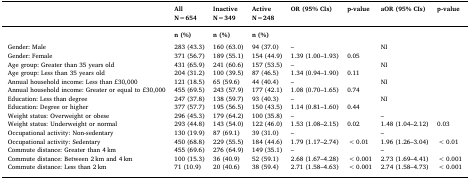
<table><thead><tr><td></td><td><b>All</b></td><td><b>Inactive</b></td><td><b>Active</b></td><td><b>OR (95% CIs)</b></td><td><b>p-value</b></td><td><b>aOR (95% CIs)</b></td><td><b>p-value</b></td></tr><tr><td></td><td><b>N=654</b></td><td><b>N=349</b></td><td><b>N=248</b></td><td></td><td></td><td></td><td></td></tr></thead><tbody><tr><td></td><td><b>n (%)</b></td><td><b>n (%)</b></td><td><b>n (%)</b></td><td></td><td></td><td></td><td></td></tr><tr><td>  </td><td>  </td><td>  </td><td>  </td><td>  </td><td>  </td><td>  </td><td>  </td></tr><tr><td>Gender: Male</td><td>283 (43.3)</td><td>160 (63.0)</td><td>94 (37.0)</td><td>–</td><td></td><td>NI</td><td></td></tr><tr><td>Gender: Female</td><td>371 (56.7)</td><td>189 (55.1)</td><td>154 (44.9)</td><td>1.39 (1.00–1.93)</td><td>0.05</td><td></td><td></td></tr><tr><td>Age group: Greater than 35 years old</td><td>431 (65.9)</td><td>241 (60.6)</td><td>157 (53.5)</td><td>–</td><td></td><td>NI</td><td></td></tr><tr><td>Age group: Less than 35 years old</td><td>204 (31.2)</td><td>100 (39.5)</td><td>87 (46.5)</td><td>1.34 (0.94–1.90)</td><td>0.11</td><td></td><td></td></tr><tr><td>Annual household income: Less than £30,000</td><td>121 (18.5)</td><td>65 (59.6)</td><td>44 (40.4)</td><td>–</td><td></td><td>NI</td><td></td></tr><tr><td>Annual household income: Greater or equal to £30,000</td><td>455 (69.5)</td><td>243 (57.9)</td><td>177 (42.1)</td><td>1.08 (0.70–1.65)</td><td>0.74</td><td></td><td></td></tr><tr><td>Education: Less than degree</td><td>247 (37.8)</td><td>138 (59.7)</td><td>93 (40.3)</td><td>–</td><td></td><td>NI</td><td></td></tr><tr><td>Education: Degree or higher</td><td>377 (57.7)</td><td>195 (56.5)</td><td>150 (43.5)</td><td>1.14 (0.81–1.60)</td><td>0.44</td><td></td><td></td></tr><tr><td>Weight status: Overweight or obese</td><td>296 (45.3)</td><td>179 (64.2)</td><td>100 (35.8)</td><td>–</td><td></td><td>–</td><td></td></tr><tr><td>Weight status: Underweight or normal</td><td>293 (44.8)</td><td>143 (54.0)</td><td>122 (46.0)</td><td>1.53 (1.08–2.15)</td><td>0.02</td><td>1.48 (1.04–2.12)</td><td>0.03</td></tr><tr><td>Occupational activity: Non-sedentary</td><td>130 (19.9)</td><td>87 (69.1)</td><td>39 (31.0)</td><td>–</td><td></td><td>–</td><td></td></tr><tr><td>Occupational activity: Sedentary</td><td>450 (68.8)</td><td>229 (55.5)</td><td>184 (44.6)</td><td>1.79 (1.17–2.74)</td><td>&lt;0.01</td><td>1.96 (1.26–3.04)</td><td>&lt;0.01</td></tr><tr><td>Commute distance: Greater than 4 km</td><td>455 (69.6)</td><td>276 (64.9)</td><td>149 (35.1)</td><td>–</td><td></td><td>–</td><td></td></tr><tr><td>Commute distance: Between 2 km and 4 km</td><td>100 (15.3)</td><td>36 (40.9)</td><td>52 (59.1)</td><td>2.68 (1.67–4.28)</td><td>&lt;0.001</td><td>2.73 (1.69–4.41)</td><td>&lt;0.001</td></tr><tr><td>Commute distance: Less than 2 km</td><td>71 (10.9)</td><td>20 (40.6)</td><td>38 (59.4)</td><td>2.71 (1.58–4.63)</td><td>&lt;0.001</td><td>2.74 (1.58–4.73)</td><td>&lt;0.001</td></tr></tbody></table>